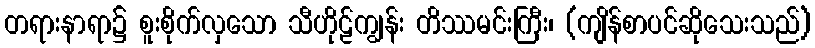
တရားနာရာ၌ စူးစိုက်လှသော သီဟိုဠ်ကျွန်း တိဿမင်းကြီး၊ (ကျိန်စာပင်ဆိုသေးသည်)